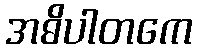
အဓိပါတကေ